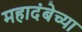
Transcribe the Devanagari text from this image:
महादंबेच्या